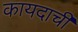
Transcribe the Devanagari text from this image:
कायदाची